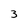
Character: 3